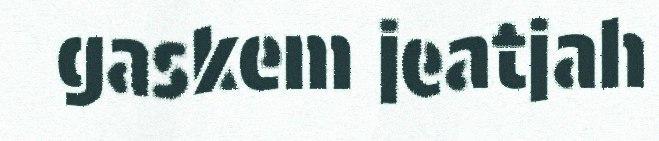
gaskem jeatjah